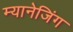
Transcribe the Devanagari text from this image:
म्यानेजिंग